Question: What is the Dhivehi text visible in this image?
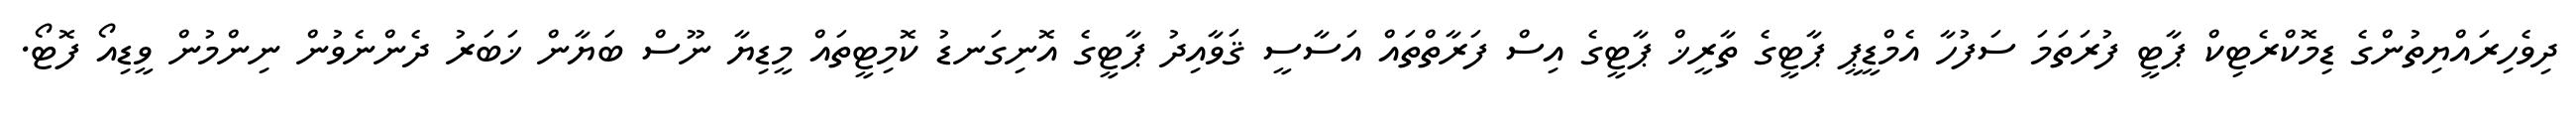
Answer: ދިވެހިރައްޔިތުންގެ ޑިމޮކްރެޓިކް ޕާޓީ ފުރަތަމަ ސަފުހާ އެމްޑީޕީ ޕާޓީގެ ތާރީޚް ޕާޓީގެ އިސް ފަރާތްތައް އަސާސީ ޤަވާއިދު ޕާޓީގެ އޮނިގަނޑު ކޮމިޓީތައް މީޑިޔާ ނޫސް ބަޔާން ޚަބަރު ދެންނެވުން ނިންމުން ވީޑިއޯ ފޮޓޯ.